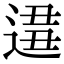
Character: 𨔚